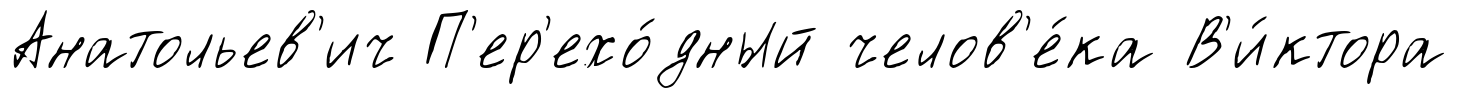
Анатольев'ич П'ер'ехо́дный челов'е́ка В'и́ктора